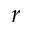
r